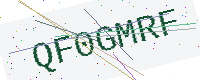
Text: QF0GMRF